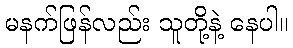
မနက်ဖြန်လည်း သူတို့နဲ့ နေပါ။